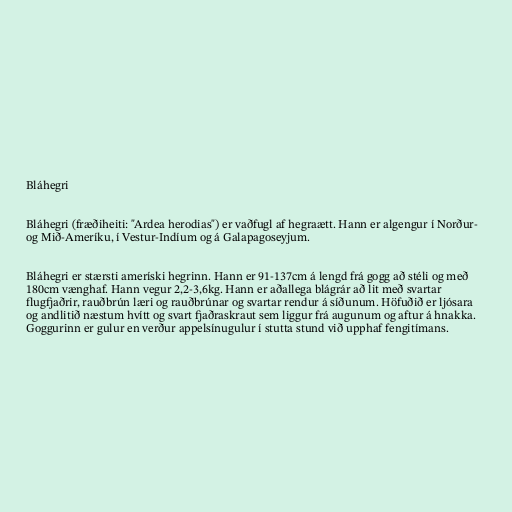
Bláhegri

Bláhegri (fræðiheiti: "Ardea herodias") er vaðfugl af hegraætt. Hann er algengur í Norður-
og Mið-Ameríku, í Vestur-Indíum og á Galapagoseyjum.

Bláhegri er stærsti ameríski hegrinn. Hann er 91-137cm á lengd frá gogg að stéli og með
180cm vænghaf. Hann vegur 2,2-3,6kg. Hann er aðallega blágrár að lit með svartar
flugfjaðrir, rauðbrún læri og rauðbrúnar og svartar rendur á síðunum. Höfuðið er ljósara
og andlitið næstum hvítt og svart fjaðraskraut sem liggur frá augunum og aftur á hnakka.
Goggurinn er gulur en verður appelsínugulur í stutta stund við upphaf fengitímans.